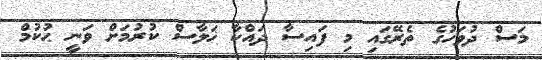
މަސް ދުވަހުގެ ތެރޭގައި މި ފައިސާ ދައްކާ ޚަލާސް ކުރުމަށް ވަނީ ޙުކުމް